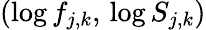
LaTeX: (\log f_{j,k},\, \log S_{j,k})